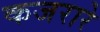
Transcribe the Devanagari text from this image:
कजरारे